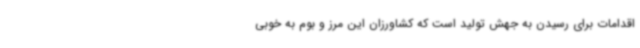
اقدامات برای رسیدن به جهش تولید است که کشاورزان این مرز و بوم به خوبی